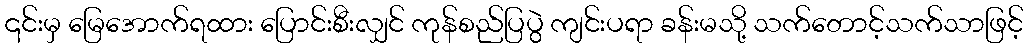
၎င်းမှ မြေအောက်ရထား ပြောင်းစီးလျှင် ကုန်စည်ပြပွဲ ကျင်းပရာ ခန်းမသို့ သက်တောင့်သက်သာဖြင့်